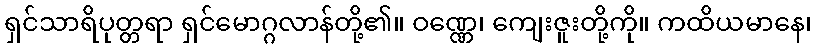
ရှင်သာရိပုတ္တရာ ရှင်မောဂ္ဂလာန်တို့၏။ ဝဏ္ဏေ၊ ကျေးဇူးတို့ကို။ ကထိယမာနေ၊